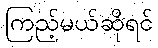
ကြည့်မယ်ဆိုရင်